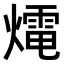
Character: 𤐇